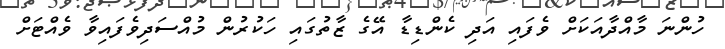
ހުންނަ މާއްދާއަކަށް ވެފައި އަދި ކެންޑިޑާ އޭގެ ޒާތުގައި ހަކުރުން މުއްސަދިވެފައިވާ ވެއްޓަށް